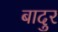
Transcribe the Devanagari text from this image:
बादुर